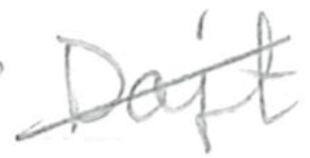
Text: Dajt
Cross-out: diagonal
Writing tool: pencil